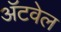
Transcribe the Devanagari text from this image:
अॅटवेल